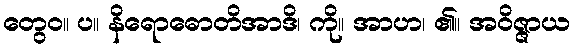
တွေဝ။ ပ။ နိရောဓောတိအာဒိ၊ ကို။ အာဟ၊ ၏။ အဝိဇ္ဇာယ